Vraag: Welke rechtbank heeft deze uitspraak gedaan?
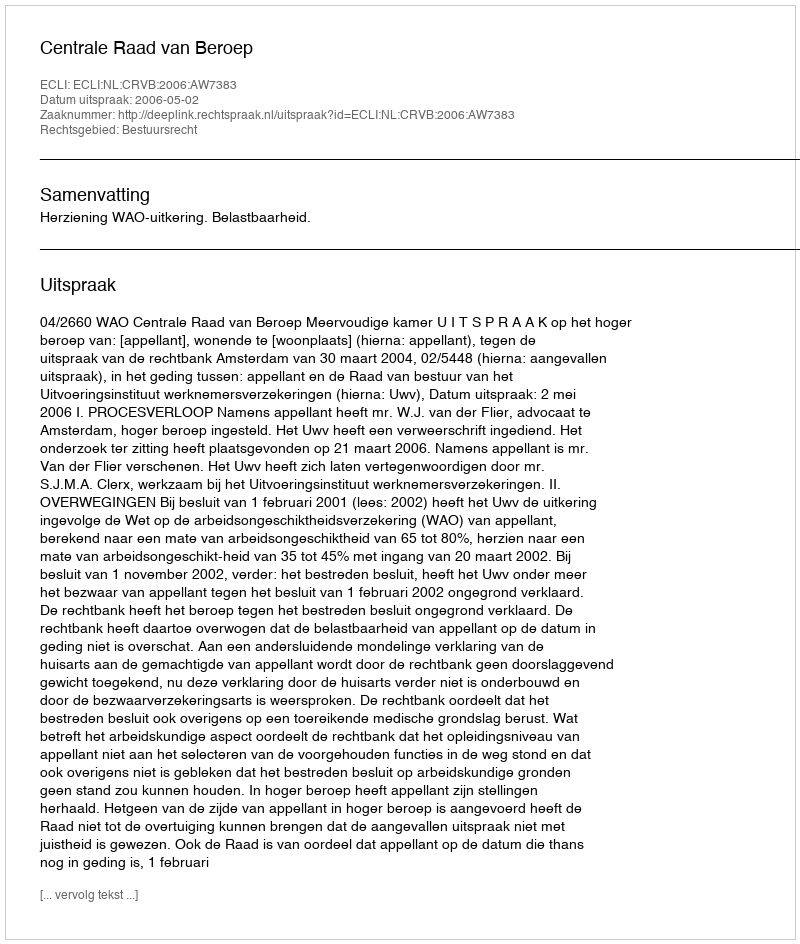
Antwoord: Centrale Raad van Beroep